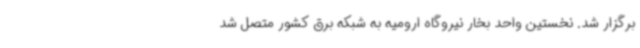
برگزار شد. نخستین واحد بخار نیروگاه ارومیه به شبکه برق کشور متصل شد